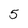
Character: 5